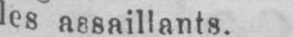
les assaillants.